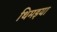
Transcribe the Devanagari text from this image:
थिमइया